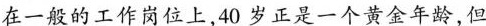
在一般的工作岗位上,40岁正是一个黄金年龄，但